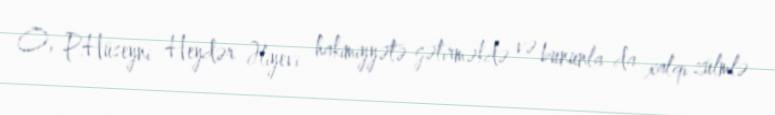
O, P.Hüseyni Heydər Əliyevi hakimiyyətə gətirməkdə və bununla da xalqı zülmlə